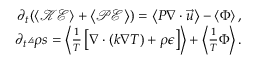
\begin{array} { r } { \partial _ { t } ( \ensuremath { \left\langle \mathcal { K E } \right\rangle } + \ensuremath { \left\langle \mathcal { P E } \right\rangle } ) = \ensuremath { \left\langle P \ensuremath { \nabla } \cdot \vec { u } \right\rangle } - \ensuremath { \left\langle \Phi \right\rangle } , } \\ { \partial _ { t } { \angles { \rho s } } = \ensuremath { \left\langle \frac { 1 } { T } \left[ \ensuremath { \nabla } \cdot ( k \ensuremath { \nabla } T ) + \rho \epsilon \right] \right\rangle } + \ensuremath { \left\langle \frac { 1 } { T } \Phi \right\rangle } . } \end{array}